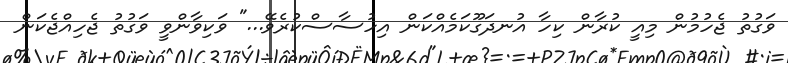
ވަގުތު ޖެހުމުން މިއީ ކުރާން ކިހާ އުނދަގޫކަމެއްކަން އިހުސާސްކުރެވޭ..." ވަކިވާންވީ ވަގުތު ޖެހިއްޖެކަން